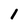
Character: 1